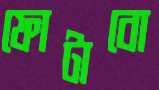
ফোটাবো